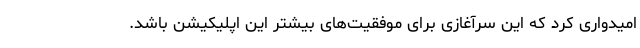
امیدواری کرد که این سرآغازی برای موفقیت‌های بیشتر این اپلیکیشن باشد.